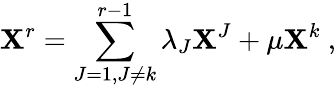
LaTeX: \mathbf{X}^{r}=\sum_{J=1,J\not{=}k}^{r-1}\lambda_{J}\mathbf{X}^{J}+\mu\mathbf{X}^{k}\ ,